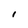
Character: I